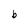
Character: b